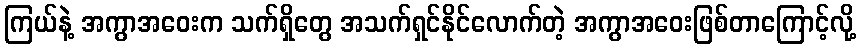
ကြယ်နဲ့ အကွာအဝေးက သက်ရှိတွေ အသက်ရှင်နိုင်လောက်တဲ့ အကွာအဝေးဖြစ်တာကြောင့်လို့